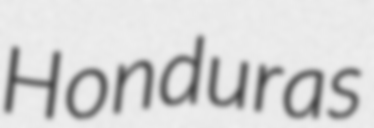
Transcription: Honduras